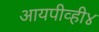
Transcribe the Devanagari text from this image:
आयपीव्ही४